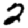
Digit: 2